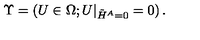
\Upsilon = \left( U \in \Omega ; U \vert _ { \tilde { H } ^ { A } = 0 } = 0 \right) .